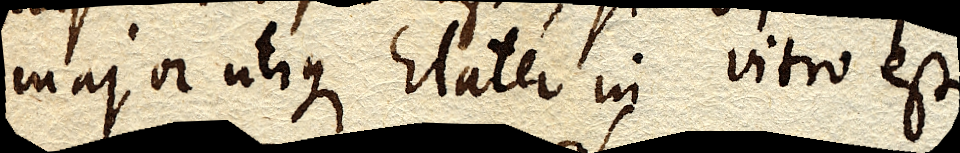
major utique Elater in vitro est.